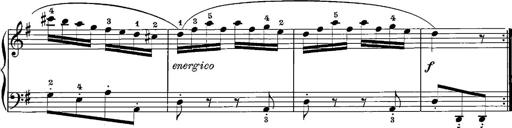
Title: 12 Sonatinas
Composer: Ignaz Pleyel